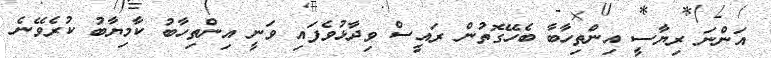
އަންނަ ރިޔާސީ އިންތިހާބާ ބެހޭގޮތުން ރައީސް ވިދާޅުވެފައި ވަނީ އިންތިހާބު ކާމިޔާބު ކުރެވޭނެ